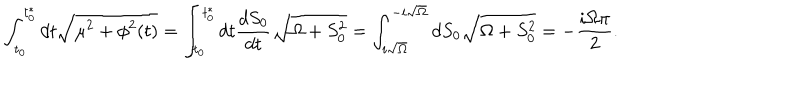
\int _ { t _ { 0 } } ^ { t _ { 0 } ^ { * } } d t \sqrt { \mu ^ { 2 } + \phi ^ { 2 } ( t ) } = \int _ { t _ { 0 } } ^ { t _ { 0 } ^ { * } } d t { \frac { d S _ { 0 } } { d t } } \sqrt { \Omega + S _ { 0 } ^ { 2 } } = \int _ { i \sqrt { \Omega } } ^ { - i \sqrt { \Omega } } d S _ { 0 } \sqrt { \Omega + S _ { 0 } ^ { 2 } } = - { \frac { i \Omega \pi } { 2 } } .